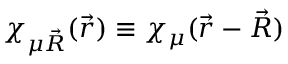
\chi _ { \mu \vec { R } } ( \vec { r } ) \equiv \chi _ { \mu } ( \vec { r } - \vec { R } )